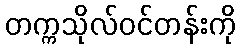
တက္ကသိုလ်ဝင်တန်းကို